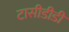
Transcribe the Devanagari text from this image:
टासीडीडी